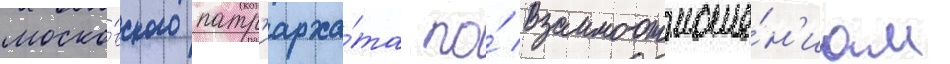
моско́вского патр'иарха́та по́ взаимоотноше́н'иам